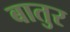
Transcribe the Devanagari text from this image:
बातुर